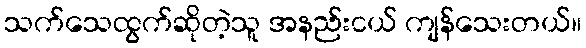
သက်သေထွက်ဆိုတဲ့သူ အနည်းငယ် ကျန်သေးတယ်။